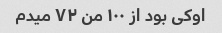
اوکی بود از ۱۰۰ من ۷۲ میدم